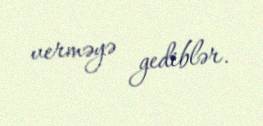
verməyə gediblər.